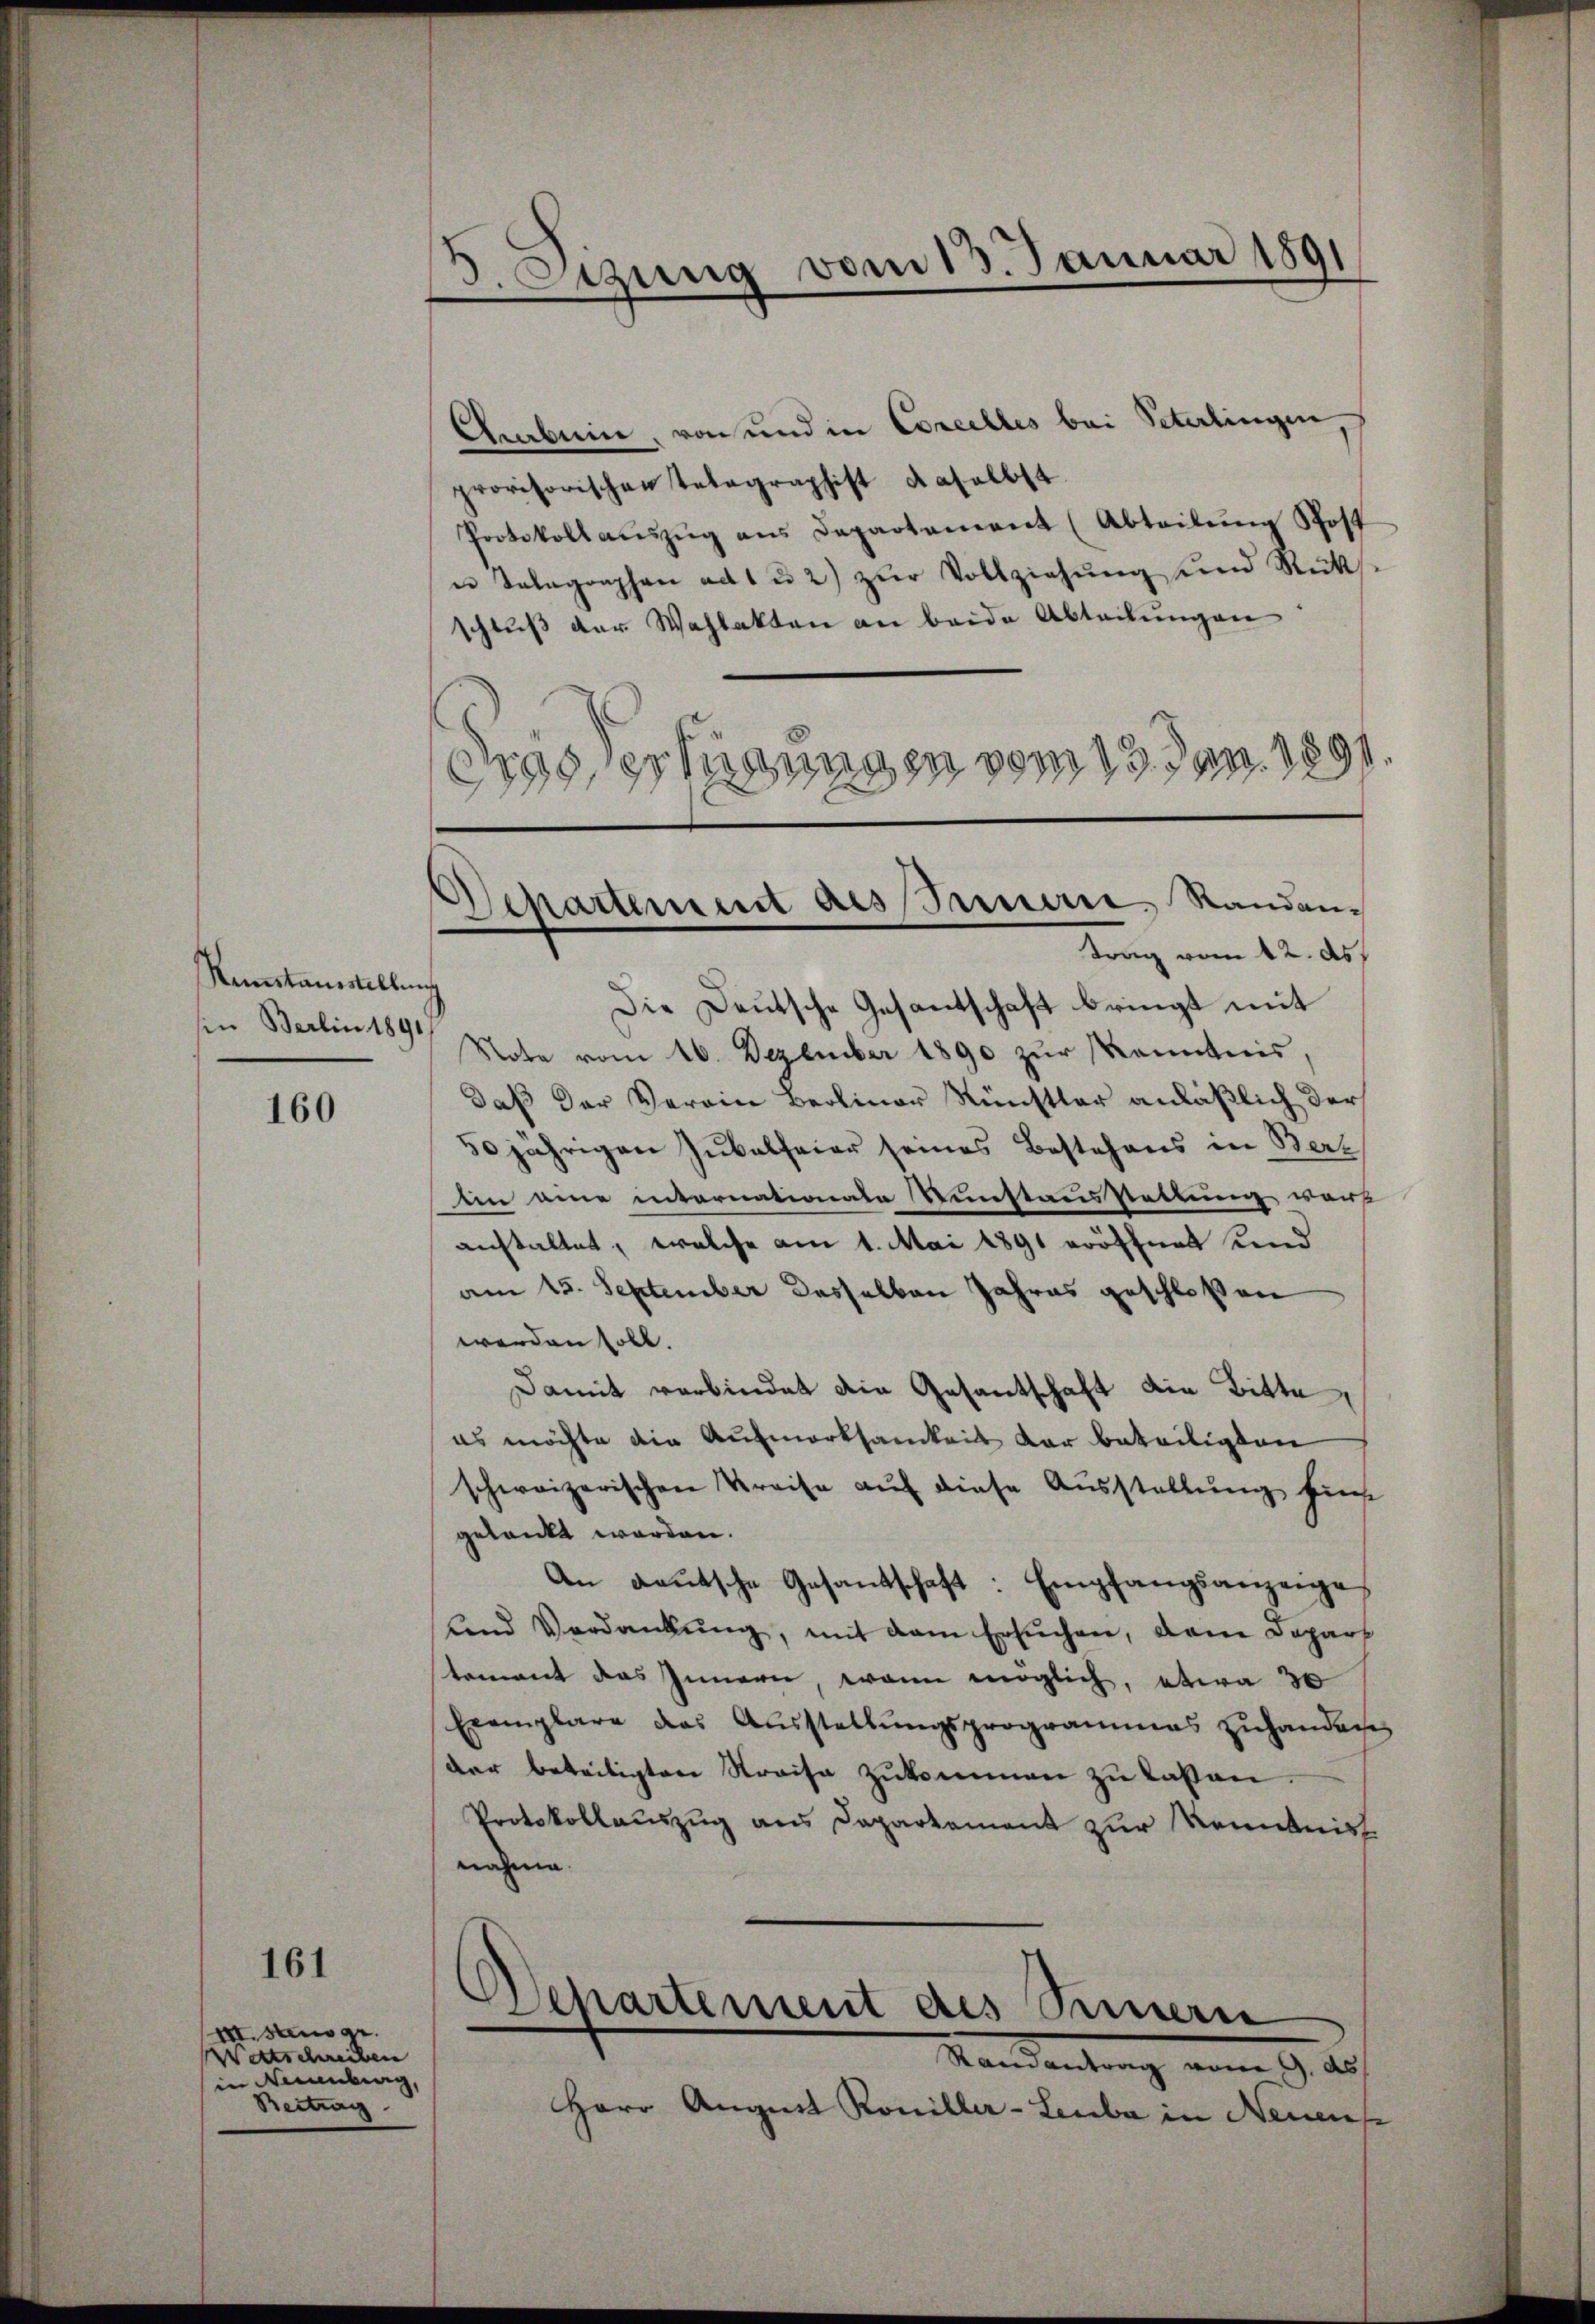
Kunstausstellung
in Berlin 1891

160

161

II.stens ge
Wettschreiben
in Neuenburg,
Reitung

3. Otzung vom 13. Januar 1891

Departement des Innern, Randane
trag vom 12. ds.

Chrarbein, von und in Concelles bei Peterlingen
provisorischen Totagraphist daselbst.
Protokoll aŭszŭg ans Departement (Abteilŭng Post
u Telegraphen ad 1 u 2) zŭr Vollziehŭng und Rüks
schlŭβ der Wahlakten an beide Abteilŭngen
das, erfügungen vom 13. Jan. 1891.
Die Deutsche Gesantschaft bringt mit
Note vom 16. Dezember 1890 zur Kenntnis
daß der Verein Beoliner Künstler anläßlich der
30jährigen Jubelfeier seines Bestehens in Bert
ein eine internationale Kunstausstattung wars
anstaltet, welche am 1. Mai 1891 eröffnet und
am 15. September dasselben Jahres geschlossen
werden soll.
Damit verbindet die Gesantschaft die Bitte
es möchte die Aufmerksamkeit der beteiligten
schweizerischen Kreise auf diese Ausstellung füh
gedankt worden.
An deutsche Gesandschaft: Empfangsanzeige
Land Verdankung, mit dem Ersuchen, dem Depart
toment das Innern, wann möglich, etwa 30
Exemplare das Aŭsstellŭngsprogrammes zŭhanden
der beteiligten Streise zŭkommen zu laßen.
Protokollauszug aus Departement zur Kenntnis
nahme.

Departement des Sinnern
Rain antrag vom J. ab

Herr August Roniller-Leuba in Neuens